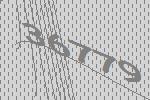
36779